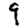
Digit: 9